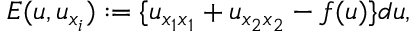
E ( u , u _ { x _ { i } } ) : = \{ u _ { x _ { 1 } x _ { 1 } } + u _ { x _ { 2 } x _ { 2 } } - f ( u ) \} d u ,